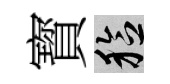
寳稔